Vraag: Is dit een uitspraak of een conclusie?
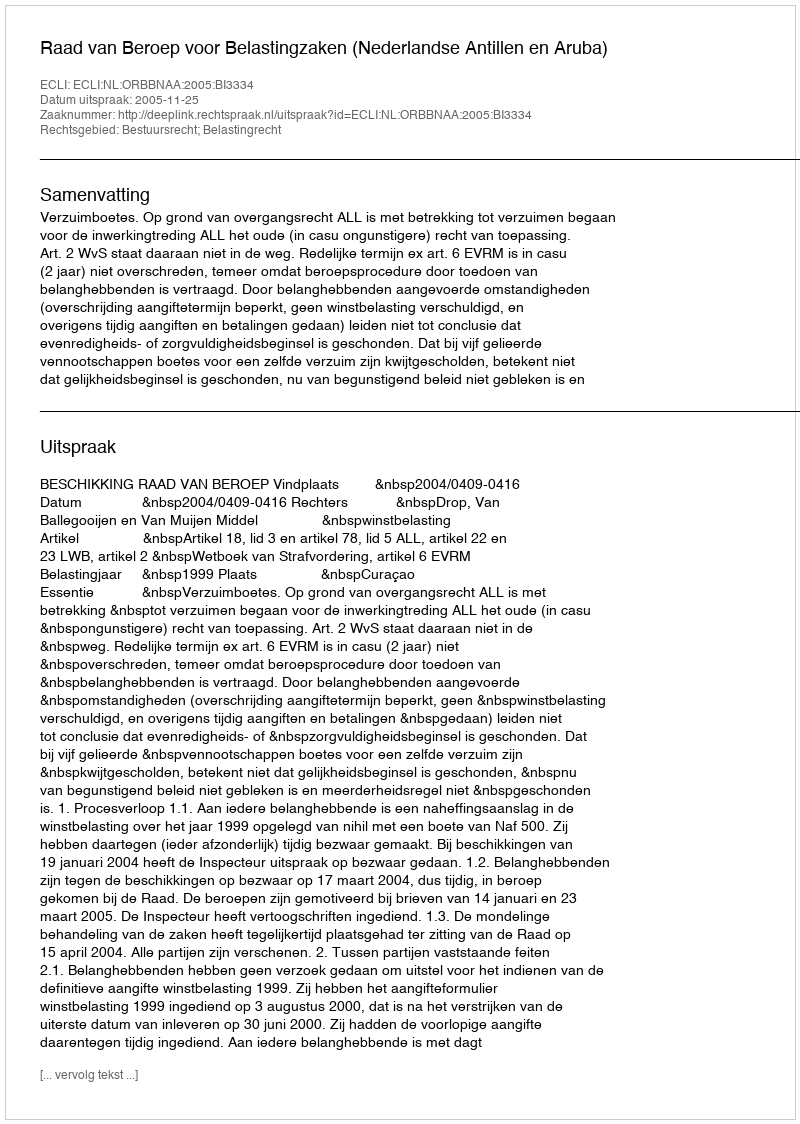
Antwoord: Uitspraak